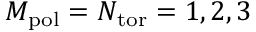
M _ { \mathrm { p o l } } = N _ { \mathrm { t o r } } = 1 , 2 , 3